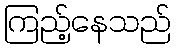
ကြည့်နေသည်